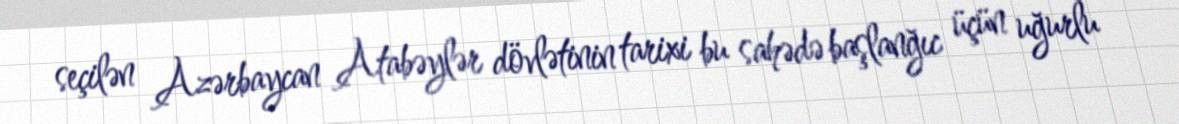
seçilən Azərbaycan Atabəylər dövlətinin tarixi bu sahədə başlanğıc üçün uğurlu